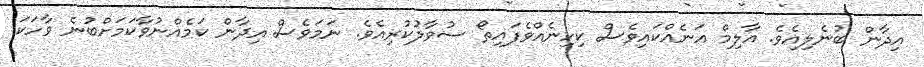
އިދާން ބުނެލިއެވެ. އާލިމް އަނެއްކައިވެސް ކިހިނެއްވެފައިތޯ ސުވާލުކުރިއެވެ. ނަމަވެސް އިދާން ކަމެއްނުވާކަމަށްބުނެ ވާހަކަ